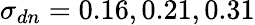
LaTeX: \sigma_{dn}=0.16,0.21,0.31